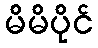
မိမိပိုင်